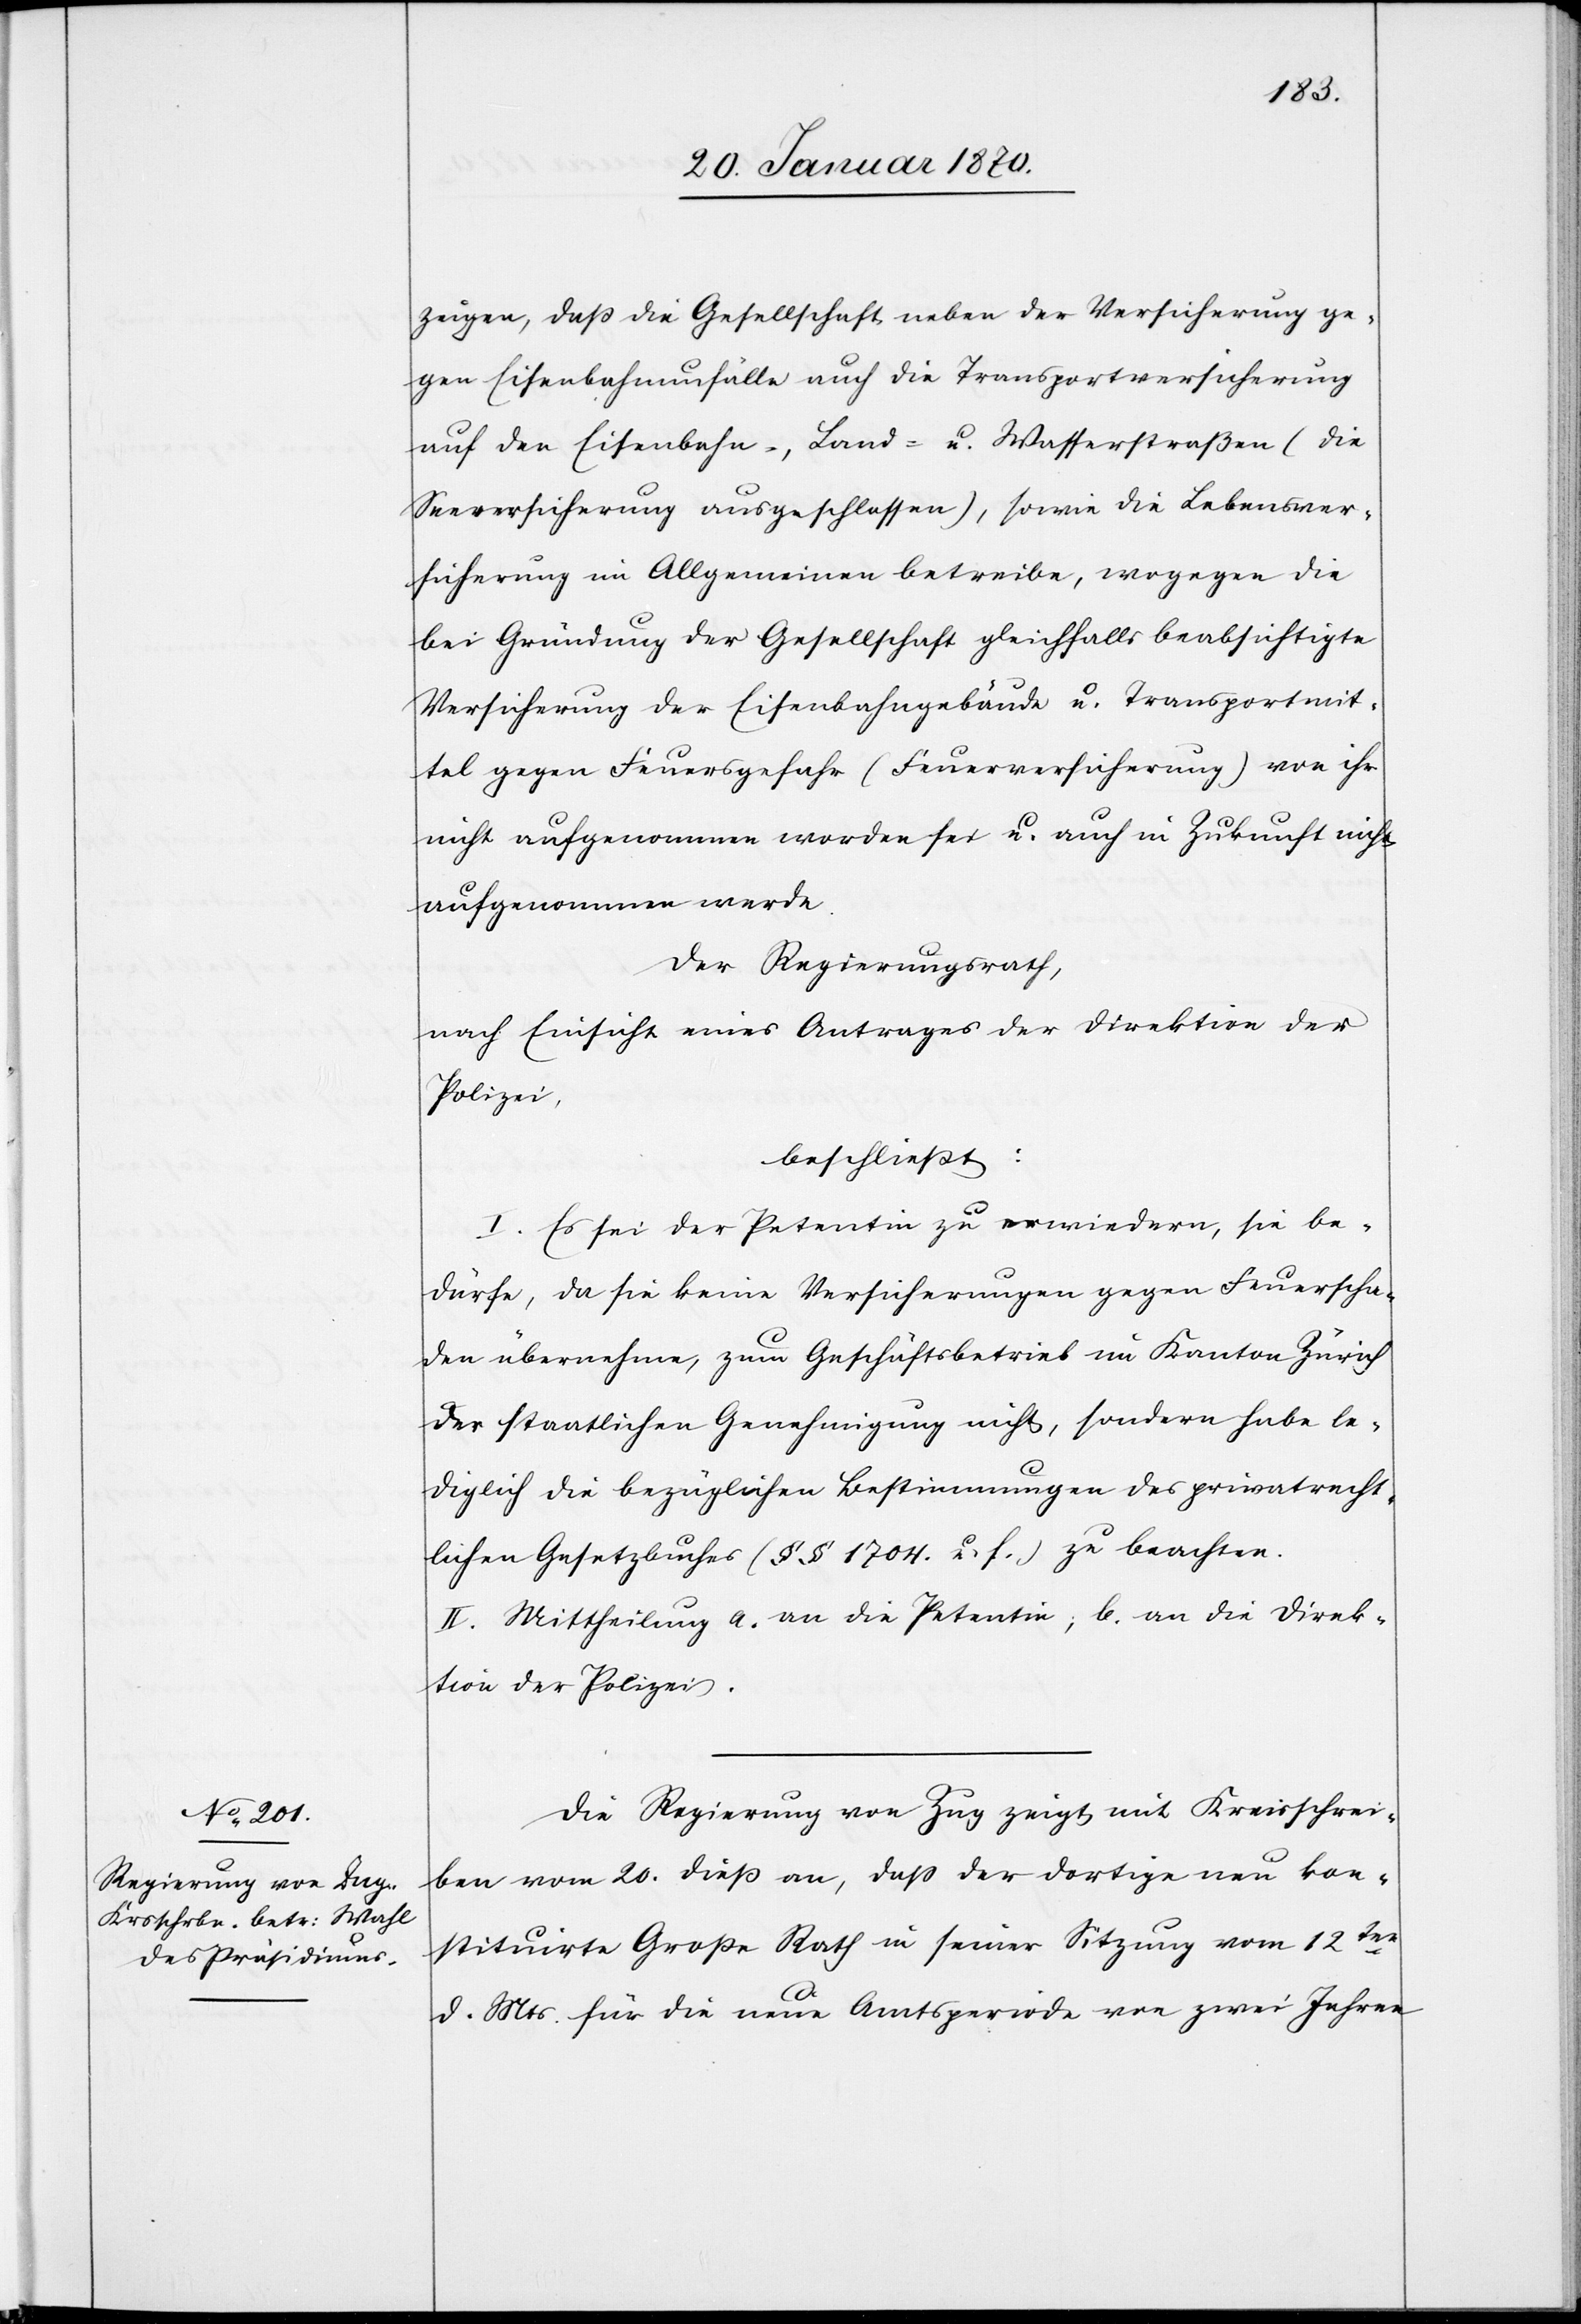
zeigen, daß die Gesellschaft neben der Versicherung ge¬
gen Eisenbahnunfälle auch die Transportversicherung
auf den Eisenbahn-, Land- und Wasserstraßen (die
Seeversicherung ausgeschlossen), sowie die Lebensver¬
sicherung im Allgemeinen betriebe, wogegen die
bei Gründung der Gesellschaft gleichfalls beabsichtige
Versicherung der Eisenbahngebäude u. Transportmit¬
tel gegen Feuersgefahr (Feuerversicherung) von ihr
nicht aufgenommen worden sei u. auch in Zukunft nicht
aufgenommen werde.
Der Regierungsrath,
nach Einsicht eines Antrages der Direktion der
Polizei,
beschliesst:
I. Es sei der Petentin zu erwiedern, sie be¬
dürfe, da sie keine Versicherungen gegen Feuerscha¬
den übernehme, zum Geschäftsbetrieb im Kanton Zürich
der staatlichen Genehmigung nicht, sondern habe le¬
diglich die bezüglichen Bestimmungen des privatrecht¬
lichen Gesetzbundes (§§ 1704 u. f.) zu beachten.
II. Mittheilung a. an die Petentin; b. an die Direk¬
tion der Polizei.
Die Regierung von Zug zeigt mit Kreisschrei¬
ben vom 20. dieß an, daß der dortige neu kon¬
stituirte Große Rath in seiner Sitzung vom 12ten
d. Mts. für die neue Amtsperiode von zwei Jahren